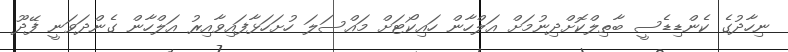
ނިހާދުގެ ކެންޑިޑެސީ ބާތިލްކޮށްދިނުމަށް އަލްހާން ހައިކޯޓަށް މައްސަލަ ހުށަހަޅާފައިވާއިރު އަލްހާން ގެންދަވަނީ ފޭދޫ